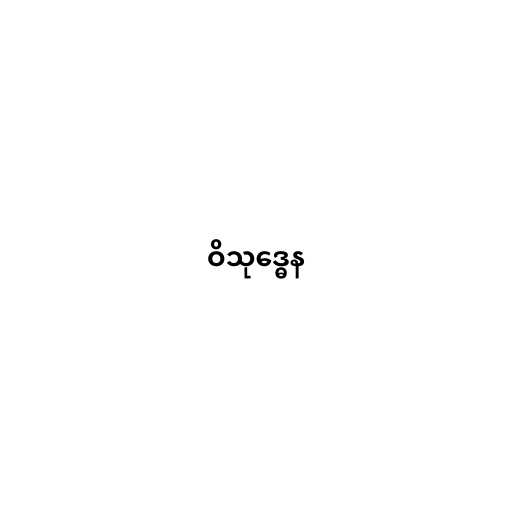
ဝိသုဒ္ဓေန